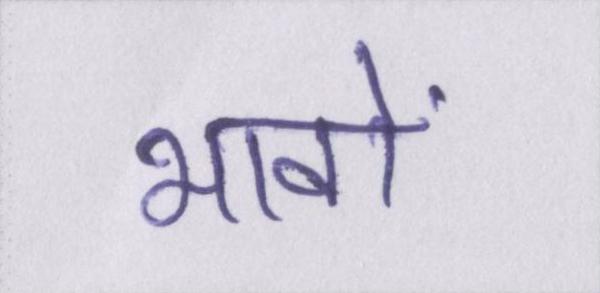
भावों